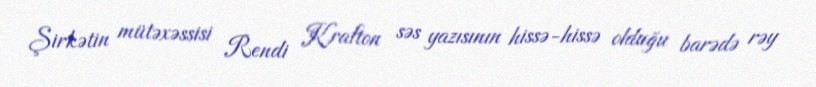
Şirkətin mütəxəssisi Rendi Krafton səs yazısının hissə-hissə olduğu barədə rəy